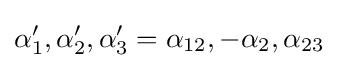
\alpha _{1}',\alpha _{2}',\alpha _{3}'=\alpha _{12},-\alpha _{2},\alpha _{23}